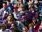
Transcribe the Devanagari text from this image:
विसर्जनम्